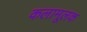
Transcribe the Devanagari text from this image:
कलामूलक